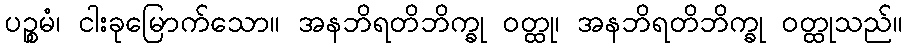
ပဉ္စမံ၊ ငါးခုမြောက်သော။ အနဘိရတိဘိက္ခု ဝတ္ထု၊ အနဘိရတိဘိက္ခု ဝတ္ထုသည်။